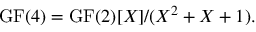
\mathrm { { G F } } ( 4 ) = \mathrm { { G F } } ( 2 ) [ X ] / ( X ^ { 2 } + X + 1 ) .